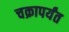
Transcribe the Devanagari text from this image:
चक्रापर्यंत